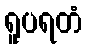
ရူပရတံ